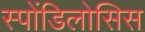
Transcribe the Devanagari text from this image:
स्पोंडिलोसिस